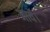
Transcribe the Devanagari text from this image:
जायॅ।